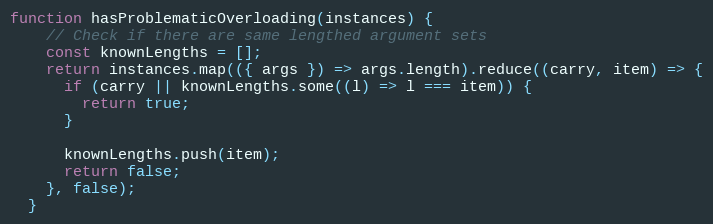
Language: JavaScript
function hasProblematicOverloading(instances) {
    // Check if there are same lengthed argument sets
    const knownLengths = [];
    return instances.map(({ args }) => args.length).reduce((carry, item) => {
      if (carry || knownLengths.some((l) => l === item)) {
        return true;
      }

      knownLengths.push(item);
      return false;
    }, false);
  }